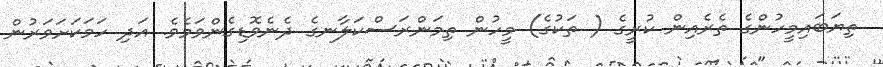
ތިޔަބައިމީހުންގެ ތެރެއިން ކުރީގެ ( ތަކުގެ) މީހުން ތިމަންރަސްކަލާނގެ ދެނެވޮޑިގެންވަމެވެ. އަދި ހަމަކަށަވަރުން